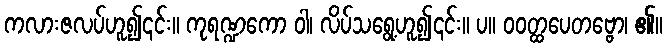
ကလားဇလပ်ဟူ၍၎င်း။ ကုရဏ္ဍကော ဝါ၊ လိပ်သရွေ့ဟူ၍၎င်း။ ပ။ ဝဝတ္ထပေတဗ္ဗော၊ ၏။